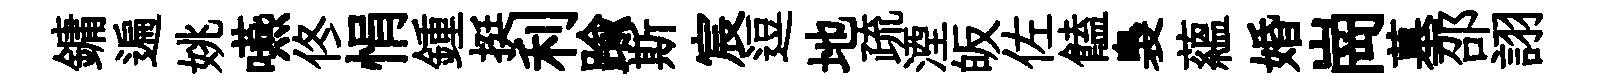
鏞遍姚嚥佟悁鍾挺利踰斯宸逗地疏湮皈佐饁裊藴婚崗墓邵詡